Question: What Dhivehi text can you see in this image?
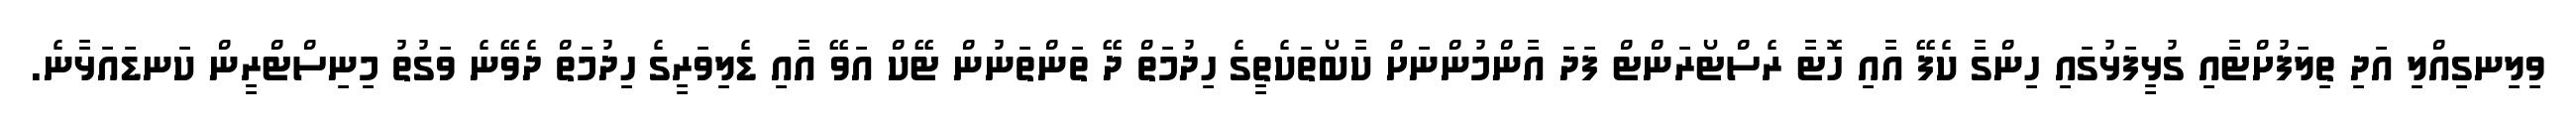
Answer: ވިލިނގިއްލި އަދި ތިލަފުށްޓާއި ގުޅީފަޅުގައި ހިންގާ ކެފޭ އާއި ހޮޓާ ރެސްޓޯރަންޓް ފަދަ އާންމުންނަށް ކާބޯތަކެތީގެ ހިދުމަތް ދޭ ތަންތަނުން ޓޭކް އަވޭ އާއި ޑެލިވަރީގެ ހިދުމަތް ދެވޭނެ ވަގުތު މިނިސްޓްރީން ކަނޑައަޅާނެ.